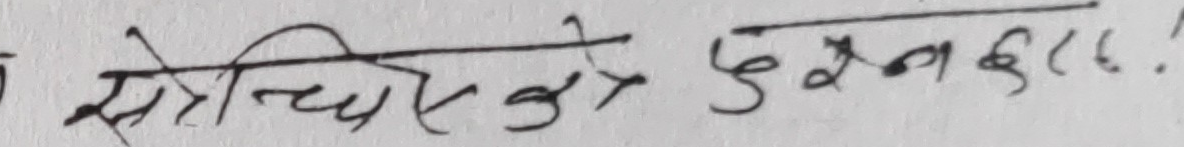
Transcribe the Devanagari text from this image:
सोचिएको प्रश्न छ!